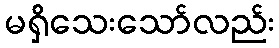
မရှိသေးသော်လည်း